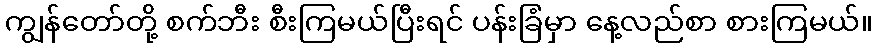
ကျွန်တော်တို့ စက်ဘီး စီးကြမယ်ပြီးရင် ပန်းခြံမှာ နေ့လည်စာ စားကြမယ်။